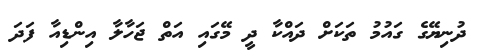
ދުނިޔޭގެ ގައުމު ތަކަށް ދައްކާ ދީ މޭގައި އަތް ޖަހާލާ އިންޑިއާ ފަދަ